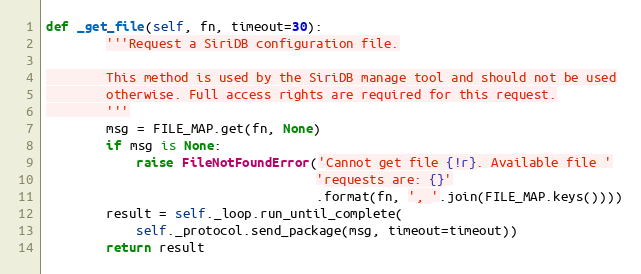
Language: Python
def _get_file(self, fn, timeout=30):
        '''Request a SiriDB configuration file.

        This method is used by the SiriDB manage tool and should not be used
        otherwise. Full access rights are required for this request.
        '''
        msg = FILE_MAP.get(fn, None)
        if msg is None:
            raise FileNotFoundError('Cannot get file {!r}. Available file '
                                    'requests are: {}'
                                    .format(fn, ', '.join(FILE_MAP.keys())))
        result = self._loop.run_until_complete(
            self._protocol.send_package(msg, timeout=timeout))
        return result